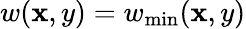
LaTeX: w(\mathbf{x},y)=w_{\mathrm{{min}}}(\mathbf{x},y)